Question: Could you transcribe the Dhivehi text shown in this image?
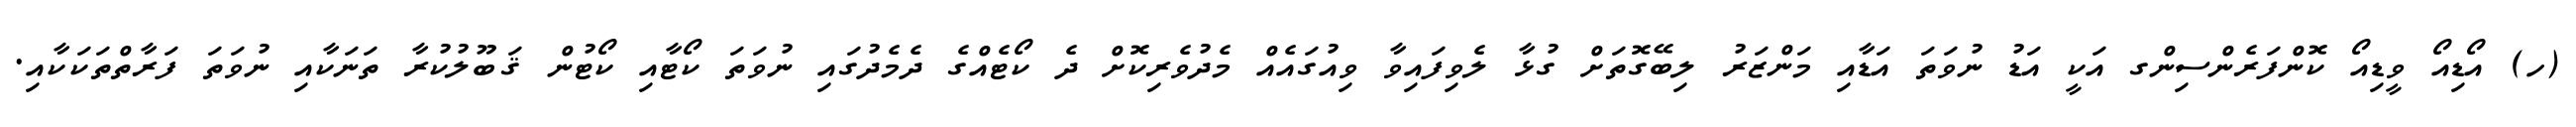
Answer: (ހ) އޯޑިއޯ ވީޑިއޯ ކޮންފަރެންސިންގ އަކީ އަޑު ނުވަތަ އަޑާއި މަންޒަރު ލިބޭގޮތަށް ގުޅާ ލެވިފައިވާ ވިއުގައެއް މެދުވެރިކޮށް ދެ ކޯޓެއްގެ ދެމެދުގައި ނުވަތަ ކޯޓާއި ކޯޓުން ޤަބޫލުކުރާ ތަނަކާއި ނުވަތަ ފަރާތްތަކަކާއި.